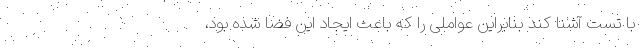
با تست آشنا کند بنابراین عواملی را که باعث ایجاد این فضا شده بود،